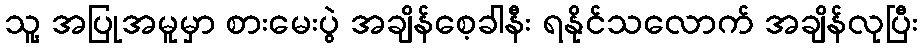
သူ့ အပြုအမူမှာ စားမေးပွဲ အချိန်စေ့ခါနီး ရနိုင်သလောက် အချိန်လုပြီး